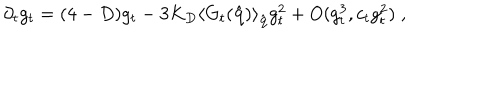
\partial _ { t } g _ { t } = ( 4 - D ) g _ { t } - 3 K _ { D } \left\langle G _ { t } ( \hat { \bf { q } } ) \right\rangle _ { \hat { \bf { q } } } g _ { t } ^ { 2 } + O ( g _ { t } ^ { 3 } , c _ { t } g _ { t } ^ { 2 } ) \; ,